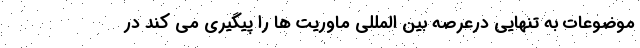
موضوعات به تنهایی درعرصه بین المللی ماوریت ها را پیگیری می کند در